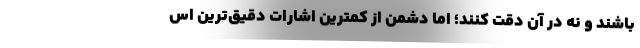
باشند و نه در آن دقت کنند؛ اما دشمن از کمترین اشارات دقیق‌ترین اس